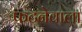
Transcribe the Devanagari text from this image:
फटनेवाला